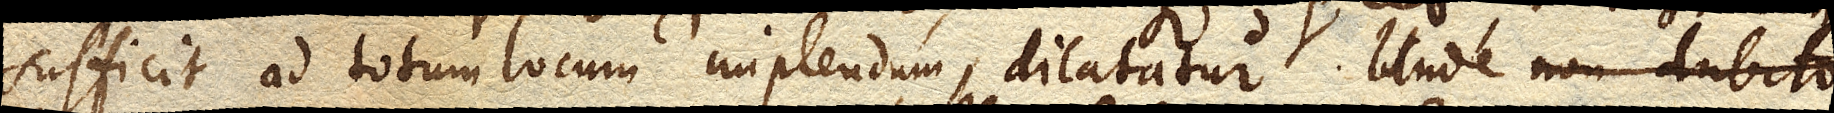
sufficit ad totum locum implendum, dilatatur. Unde non dubito